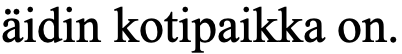
äidin kotipaikka on.